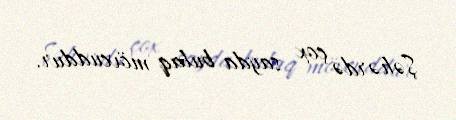
Şəhərdə çox sayda bulaq mövcuddur.